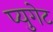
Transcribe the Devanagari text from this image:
प्युगेट